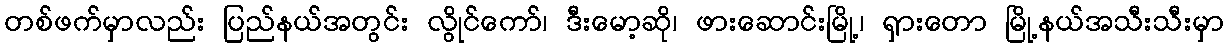
တစ်ဖက်မှာလည်း ပြည်နယ်အတွင်း လွိုင်ကော်၊ ဒီးမော့ဆို၊ ဖားဆောင်းမြို့၊ ရှားတော မြို့နယ်အသီးသီးမှာ